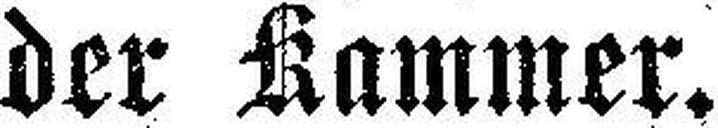
der Kammer.